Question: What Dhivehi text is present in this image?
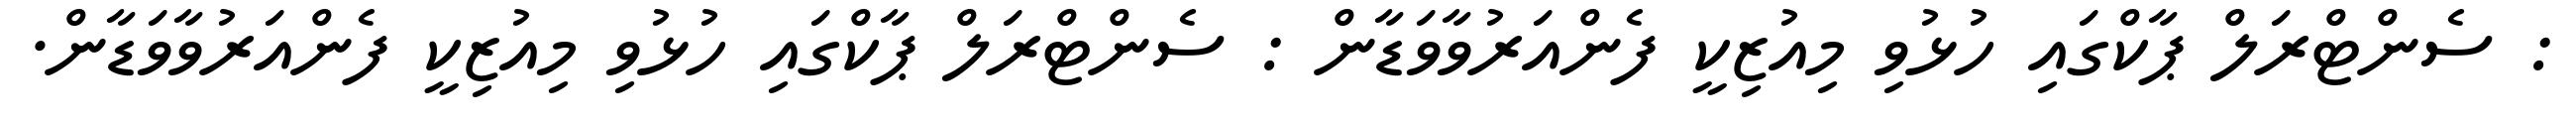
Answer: : ސެންޓްރަލް ޕާކްގައި ހުޅުވި މިއުޒިކީ ފެންއަރުވާވަޑާން : ސެންޓްރަލް ޕާކްގައި ހުޅުވި މިއުޒިކީ ފެންއަރުވާވަޑާން.